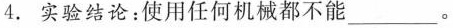
4.实验结论：使用任何机械都不能___。